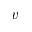
v